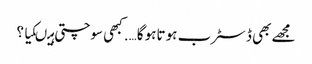
مجھے بھی ڈسٹرب ہو تاہو گا…. کبھی سوچتی ہیںکیا ؟